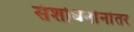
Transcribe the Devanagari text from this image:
संशोधनांनांतर